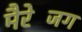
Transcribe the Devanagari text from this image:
मैरेजिंग